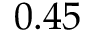
0 . 4 5